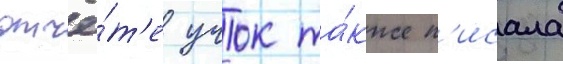
отчё́т'е учок та́кже п'исала